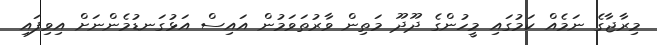
މިރާޖާގެ ނަމެއް ކަމުގައި މީހުންގެ ދޫދޫ މަތިން ވާރުތަވަމުން އައިސް އަޅުގަނޑުމެންނަށް އިވިފައި